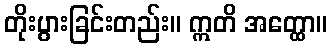
တိုးပွားခြင်းတည်း။ ဣတိ အတ္ထော။